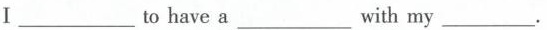
I ___ tohave a ___ withmy ___ .